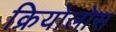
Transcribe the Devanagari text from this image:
क्रियोलोस